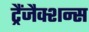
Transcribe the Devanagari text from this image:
ट्रैंजैक्शन्स